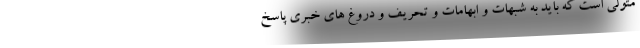
متولی است که باید به شبهات و ابهامات و تحریف و دروغ های خبری پاسخ